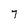
Character: 7